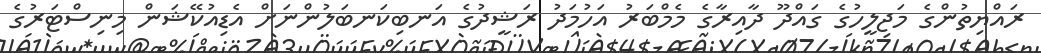
ރައްޔިތުންގެ މަޖިލީހުގެ ގައްދޫ ދާއިރާގެ މެމްބަރު އަހުމަދު ރަޝީދުގެ އަނބިކަނބަލުންނަށް އެޑިއުކޭޝަން މިނިސްޓަރުގެ